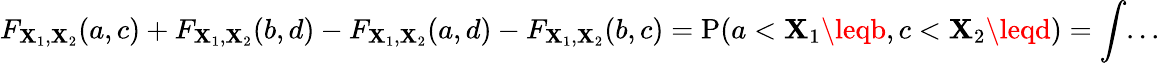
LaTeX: F_{\mathbf{X}_{1},\mathbf{X}_{2}}(a,c)+F_{\mathbf{X}_{1},\mathbf{X}_{2}}(b,d)-F_{\mathbf{X}_{1},\mathbf{X}_{2}}(a,d)-F_{\mathbf{X}_{1},\mathbf{X}_{2}}(b,c)=\operatorname{P}(a<\mathbf{X}_{1}\leqb,c<\mathbf{X}_{2}\leqd)=\int...